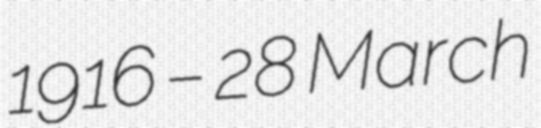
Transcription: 1916 – 28 March